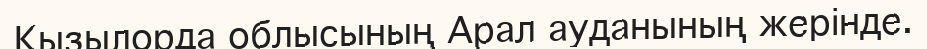
Қызылорда облысының Арал ауданының жерінде.